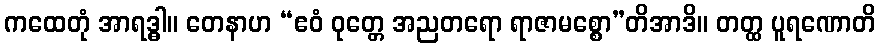
ကထေတုံ အာရဒ္ဓါ။ တေနာဟ “ဧဝံ ဝုတ္တေ အညတရော ရာဇာမစ္စော”တိအာဒိ။ တတ္ထ ပူရဏောတိ